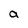
Character: a